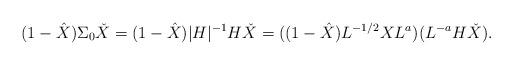
LaTeX: \begin{align*}(1 - \hat{X}) \Sigma_{0} \check{X} = ( 1 - \hat{X}) |H|^{-1} H \check{X} = ( (1-\hat{X}) L^{-1/2} X L^{a} ) (L^{-a} H \check{X}). \end{align*}